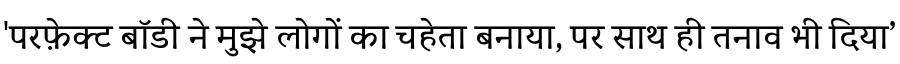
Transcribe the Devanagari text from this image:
'परफ़ेक्ट बॉडी ने मुझे लोगों का चहेता बनाया, पर साथ ही तनाव भी दिया’